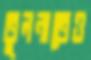
তুলনাতেও